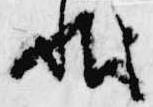
状